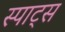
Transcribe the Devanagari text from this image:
स्पाट्स